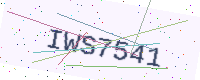
Text: IWS7541